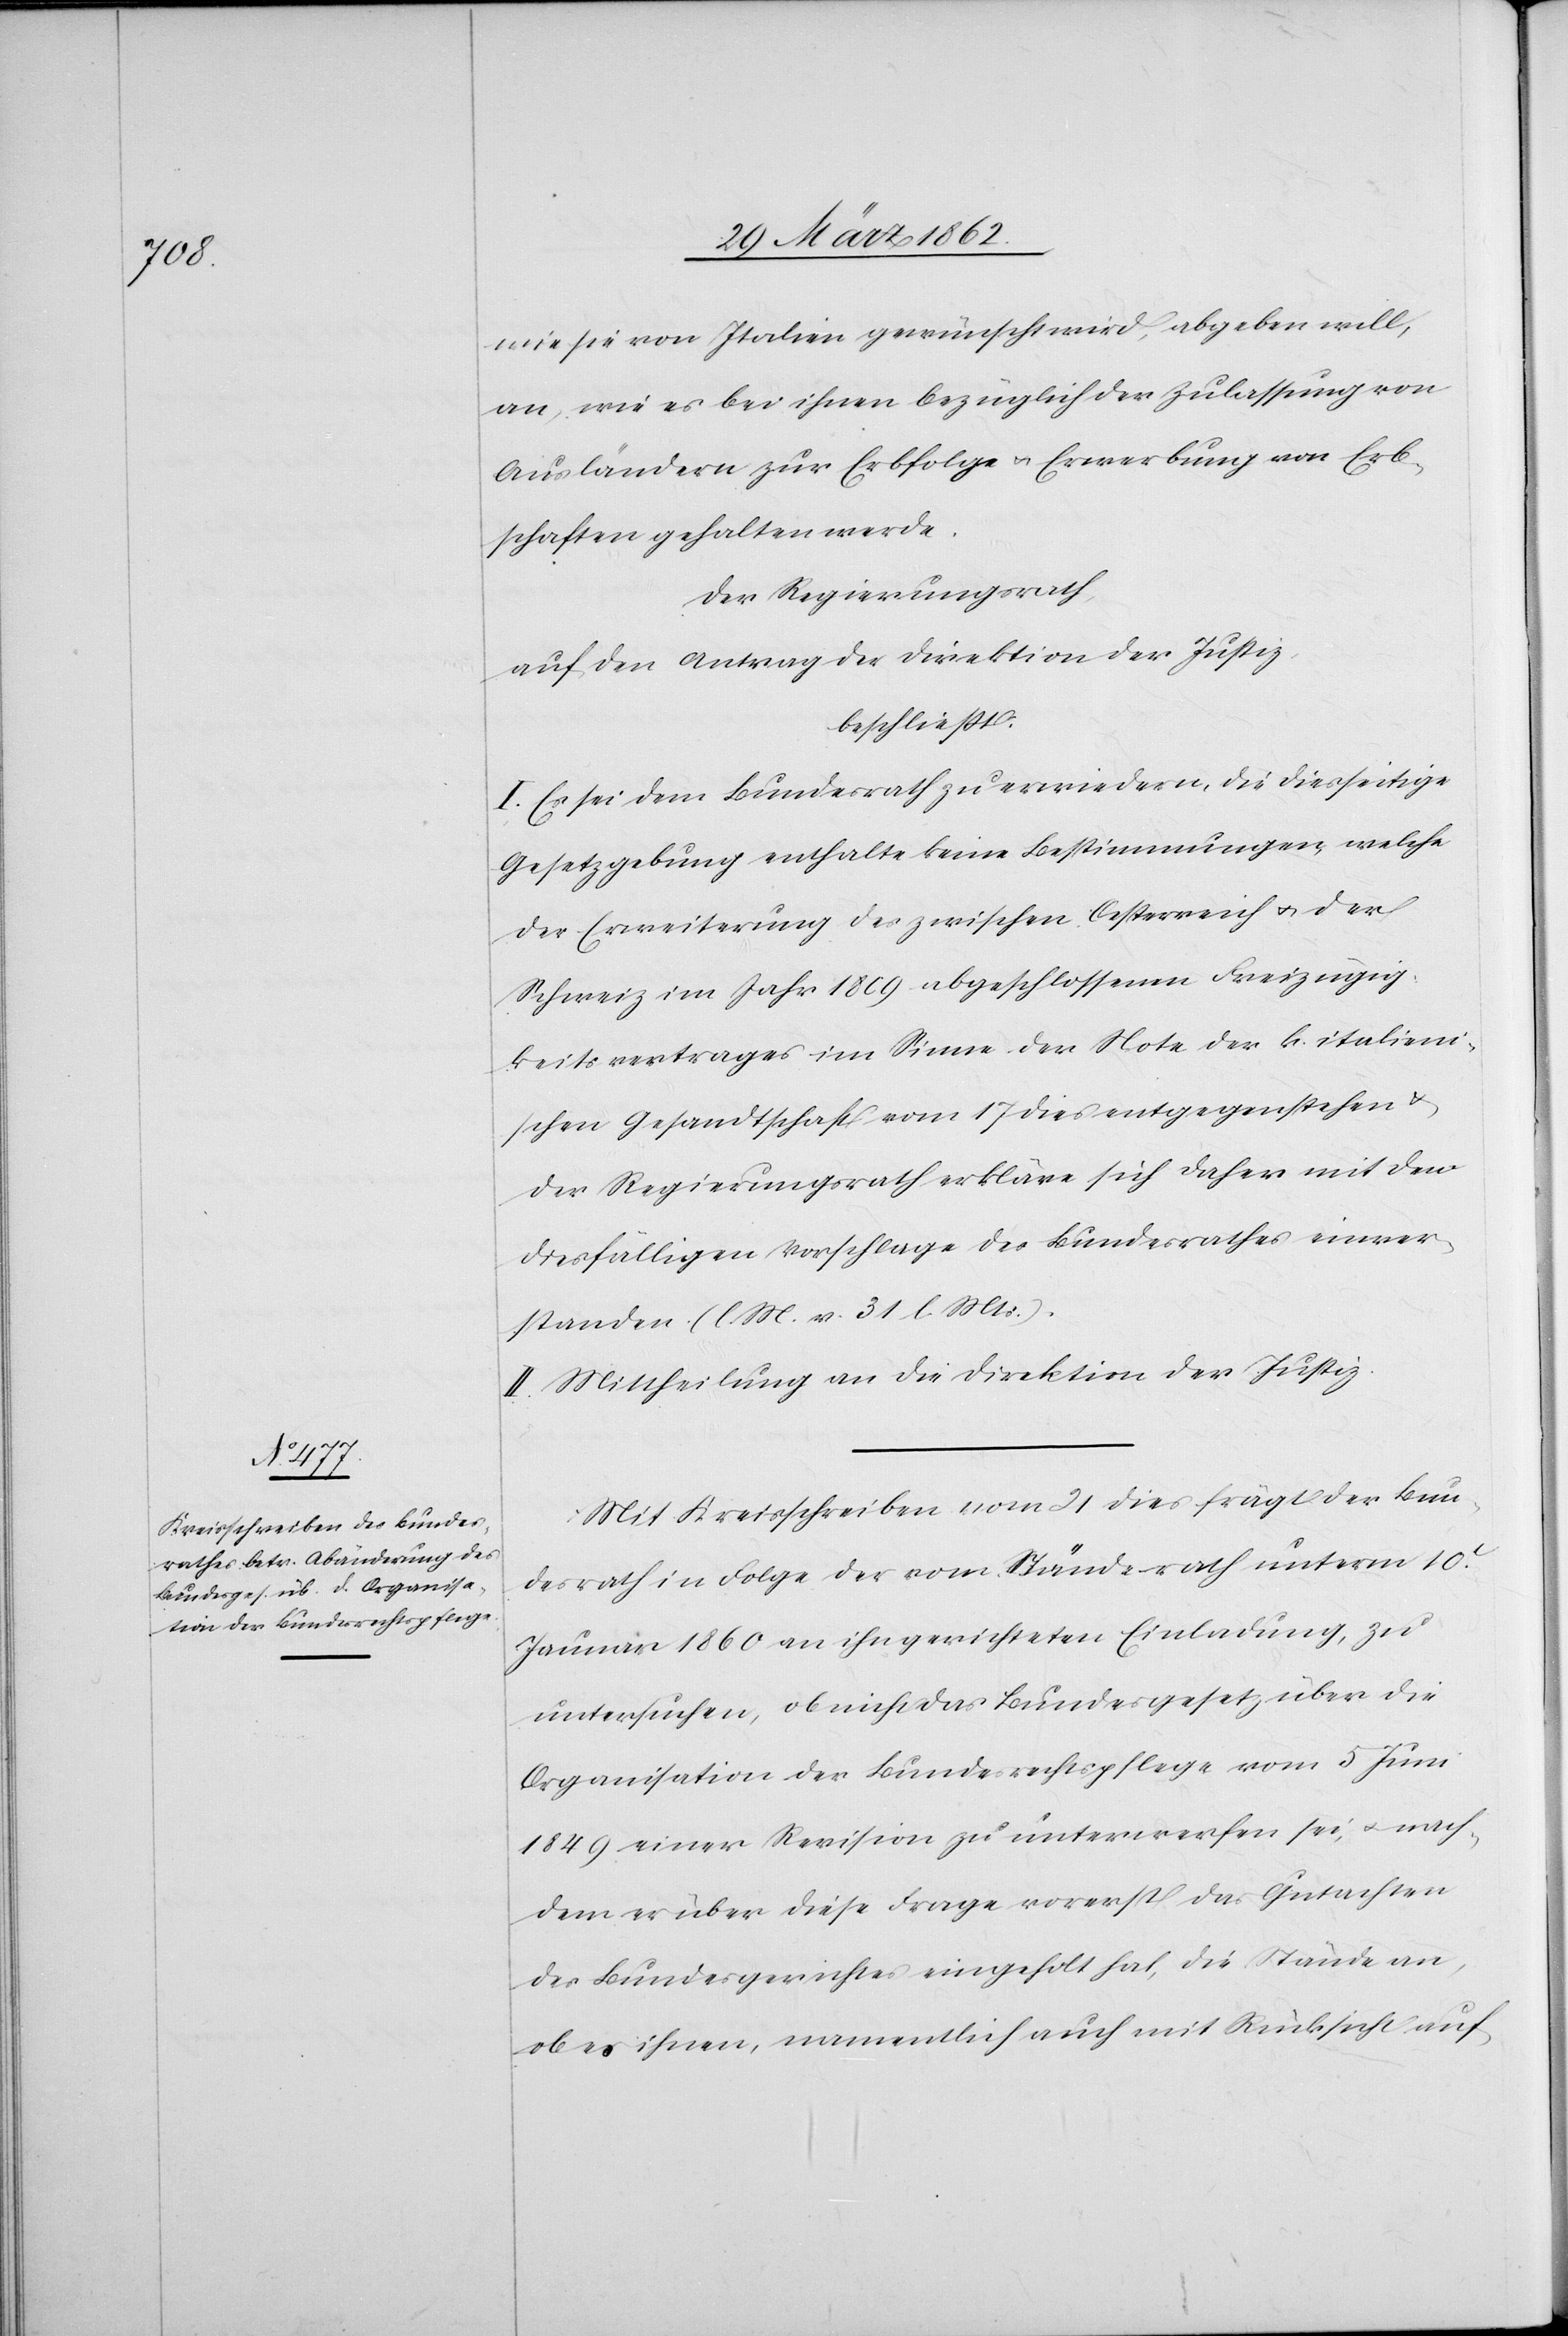
wie sie von Italien gewünscht wird, abgeben will,
an, wie es bei ihnen bezüglich der Zulassung von
Ausländern zur Erbfolge u. Erwerbung von Erb¬
schaften gehalten werde.
Der Regierungsrath,
auf den Antrag der Direktion der Justiz,
beschließt:
I. Es sei dem Bundesrath zu erwiedern, die diesseitige
Gesetzgebung enthalte keine Bestimmungen, welche
der Erweiterung des zwischen Oestreich u. der
Schweiz im Jahr 1809 abgeschlossenen Freizügig¬
keitsvertrages im Sinne der Note der k. italieni¬
schen Gesandtschaft vom 17 dies entgegenstehe &
der Regierungsrath erkläre sich daher mit dem
diesfälligen Vorschlage des Bundesrathes einver¬
standen (l. M. v. 31 l Mts.).
II. Mittheilung an die Direktion der Justiz.
Mit Kreisschreiben vom 21 dies frägt der Bun¬
desrath in Folge der vom Ständerath unterm 10t.
Januar 1860 an ihn gerichteten Einladung, zu
untersuchen, ob nicht das Bundesgesetz über die
Organisation der Bundesrechtspflege vom 5 Juni
1849 einer Revision zu unterwerfen sei, u. nach¬
dem er über diese Frage vorerst das Gutachen
des Bundesgerichtes eingeholt hat, die Stände an,
ob es ihnen, namentlich auch mit Rücksicht auf